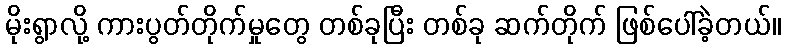
မိုးရွာလို့ ကားပွတ်တိုက်မှုတွေ တစ်ခုပြီး တစ်ခု ဆက်တိုက် ဖြစ်ပေါ်ခဲ့တယ်။